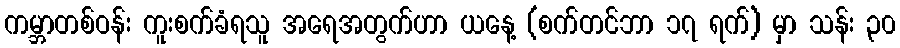
ကမ္ဘာတစ်ဝန်း ကူးစက်ခံရသူ အရေအတွက်ဟာ ယနေ့ (စက်တင်ဘာ ၁၇ ရက်) မှာ သန်း ၃၀